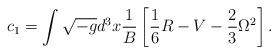
LaTeX: \begin{align*}c_1=\int \sqrt{-g}d^3x {1 \over B}\left[\frac 16R-V-\frac 23 \Omega^2\right].\end{align*}